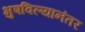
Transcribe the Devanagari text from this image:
भुषविल्यानंतर